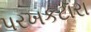
પરખકટૉરા